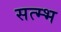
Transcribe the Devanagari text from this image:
सत्म्भ